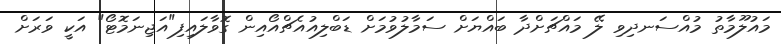
މައުލޫމާތު މުއްސަނދިވި ލޭ މައްޗަށްދާ ބައްޔަށް ސަމާލުވުމަށް ޑަބްލިއުއެޗްއޯއިން ގޮވާލައިފި"އަޖިނަމޮޓޯ" އަކީ ވަރަށް